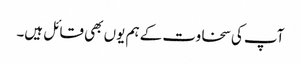
آپ کی سخاوت کے ہم یوں بھی قائل ہیں۔